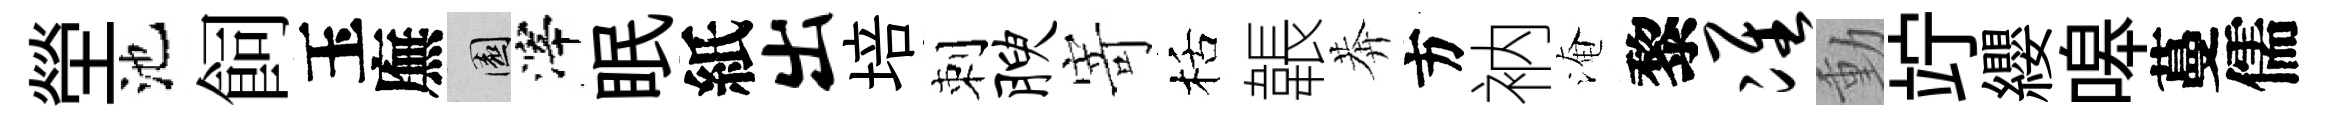
塋池飼玉廡園滓眠紙出培刺腴寄栝韔莾方衲淹黎准動竚纓嗥蔓儒